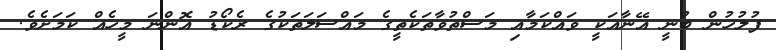
ފުލުހުން ބުނީ އޭނާއަކީ ވައްކަމާއި މަސްތުވާތަކެތީގެ މައްސަލަތަކުގެ ރެކޯޑު އޮންނަ މީހެއް ކަަމަށެވެ.